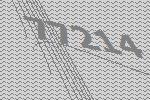
77214